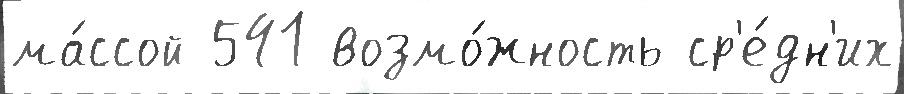
ма́ссой 541 возмо́жность ср'е́дн'их